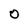
Character: O